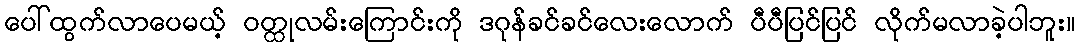
ပေါ်ထွက်လာပေမယ့် ဝတ္ထုလမ်းကြောင်းကို ဒဂုန်ခင်ခင်လေးလောက် ပီပီပြင်ပြင် လိုက်မလာခဲ့ပါဘူး။